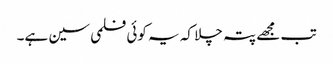
تب مجھے پتہ چلا کہ یہ کوئی فلمی سین ہے۔